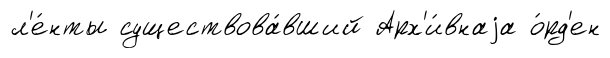
л'е́нты существова́вший Арх'и́внаjа о́рд'ен